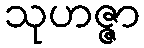
သုဟဇ္ဇာ